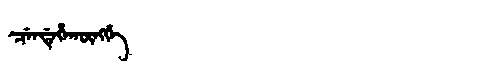
Manchu: ᠴᡝᠨᡩᡝᡥᠠᡴᡡᠩᡤᡝ
Romanization: CENDEHAKŪNGGE